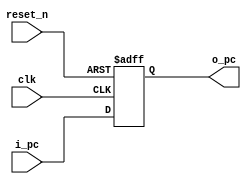
module pc	(input               clk, reset_n,
		 input       [31:0]  i_pc,
		 output  reg [31:0]  o_pc);

	always @(posedge clk, negedge reset_n) 
		if (!reset_n)
			o_pc <= 32'b0;
		else
			o_pc <= i_pc;
   
endmodule